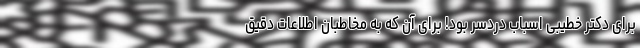
برای دکتر خطیبی اسباب دردسر بود! برای آن که به مخاطبان اطلاعات دقیق